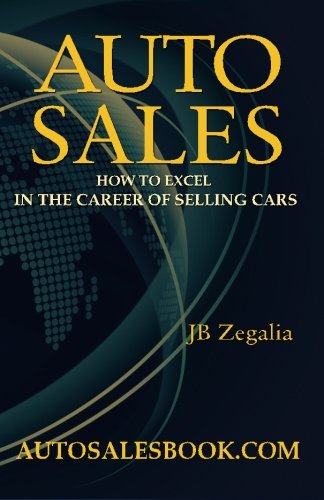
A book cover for Auto Sales: How to Excel in the Career of Selling Cars; J.B. Zegalia; Business & Money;